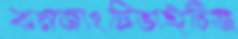
কনজাংটিভাইটিজ